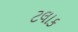
ટલાક